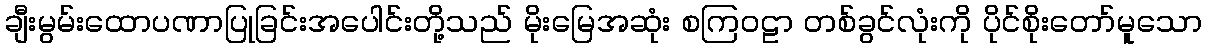
ချီးမွမ်းထောပဏာပြုခြင်းအပေါင်းတို့သည် မိုးမြေအဆုံး စကြဝဠာ တစ်ခွင်လုံးကို ပိုင်စိုးတော်မူသော